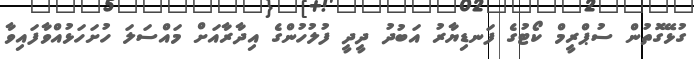
ގުޅޭގޮތުން ސުޕްރީމް ކޯޓުގެ ފަނޑިޔާރު އަބުދު ދީދީ ފުލުހުންގެ އިދާރާއަށް މައްސަލަ ހުށަހަޅުއްވާފައިވާ